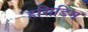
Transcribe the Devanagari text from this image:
हसिडिम